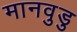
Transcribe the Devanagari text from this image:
मानवुडु